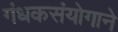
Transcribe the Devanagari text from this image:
गंधकसंयोगाने